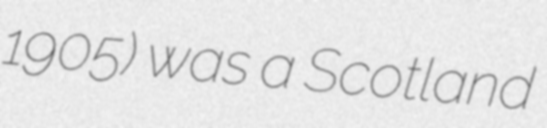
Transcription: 1905) was a Scotland